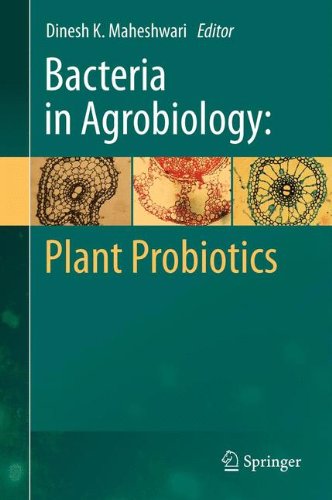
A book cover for Bacteria in Agrobiology: Plant Probiotics; Medical Books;